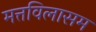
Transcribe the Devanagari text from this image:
मत्तविलासम